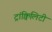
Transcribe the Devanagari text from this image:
ट्रांक्विलिटी